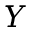
Y